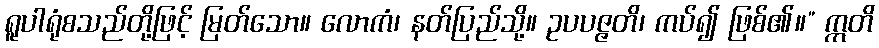
ရူပါရုံစသည်တို့ဖြင့် မြတ်သော။ လောကံ၊ နတ်ပြည်သို့။ ဥပပဇ္ဇတိ၊ ကပ်၍ ဖြစ်၏။” ဣတိ